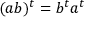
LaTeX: ( a b ) ^ { t } = b ^ { t } a ^ { t }